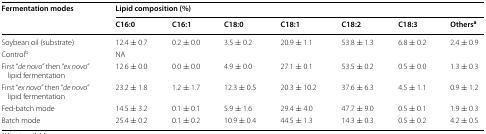
<table><thead><tr><td rowspan="2"><b>Fermentation modes</b></td><td colspan="7"><b>Lipid composition (%)</b></td></tr><tr><td><b>C16:0</b></td><td><b>C16:1</b></td><td><b>C18:0</b></td><td><b>C18:1</b></td><td><b>C18:2</b></td><td><b>C18:3</b></td><td><b>Others<sup>a</sup></b></td></tr></thead><tbody><tr><td>Soybean oil (substrate)</td><td>12.4 ± 0.7</td><td>0.2 ± 0.0</td><td>3.5 ± 0.2</td><td>20.9 ± 1.1</td><td>53.8 ± 1.3</td><td>6.8 ± 0.2</td><td>2.4 ± 0.9</td></tr><tr><td>Control<sup>b</sup></td><td colspan="7">NA</td></tr><tr><td>First “<i>de novo</i>” then “<i>ex novo</i>” lipid fermentation</td><td>12.6 ± 0.0</td><td>0.0 ± 0.0</td><td>4.9 ± 0.0</td><td>27.1 ± 0.1</td><td>53.5 ± 0.2</td><td>0.5 ± 0.0</td><td>1.3 ± 0.3</td></tr><tr><td>First “<i>ex novo</i>” then “<i>de novo</i>” lipid fermentation</td><td>23.2 ± 1.8</td><td>1.2 ± 1.7</td><td>12.3 ± 0.5</td><td>20.3 ± 10.2</td><td>37.6 ± 6.3</td><td>4.5 ± 1.1</td><td>0.9 ± 1.2</td></tr><tr><td>Fed-batch mode</td><td>14.5 ± 3.2</td><td>0.1 ± 0.1</td><td>5.9 ± 1.6</td><td>29.4 ± 4.0</td><td>47.7 ± 9.0</td><td>0.5 ± 0.1</td><td>1.9 ± 0.3</td></tr><tr><td>Batch mode</td><td>25.4 ± 0.2</td><td>0.1 ± 0.2</td><td>10.9 ± 0.4</td><td>44.5 ± 1.3</td><td>14.3 ± 0.3</td><td>0.5 ± 0.2</td><td>4.2 ± 0.5</td></tr></tbody></table>